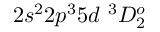
{ 2 s ^ { 2 } 2 p ^ { 3 } 5 d ~ ^ { 3 } D _ { 2 } ^ { o } }